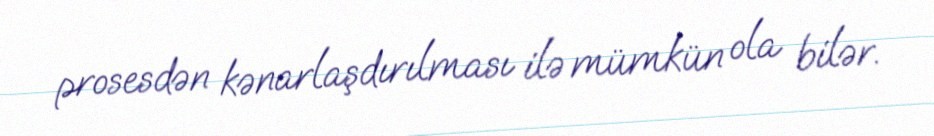
prosesdən kənarlaşdırılması ilə mümkün ola bilər.